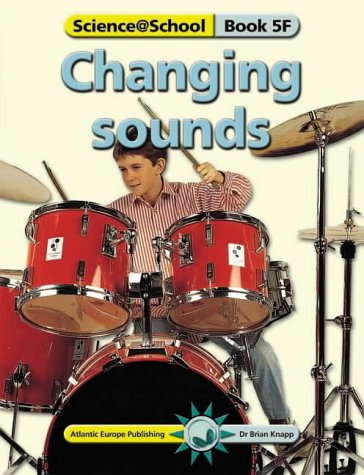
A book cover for Changing Sounds (Science@School); Brian Knapp; Children's Books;